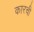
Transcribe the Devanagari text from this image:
कारची